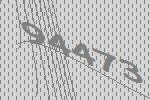
94473